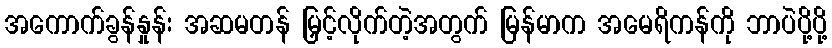
အကောက်ခွန်နှုန်း အဆမတန် မြှင့်လိုက်တဲ့အတွက် မြန်မာက အမေရိကန်ကို ဘာပဲပို့ပို့